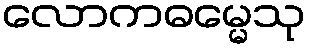
လောကဓမ္မေသု